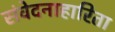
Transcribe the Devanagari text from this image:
संवेदनाहारिता